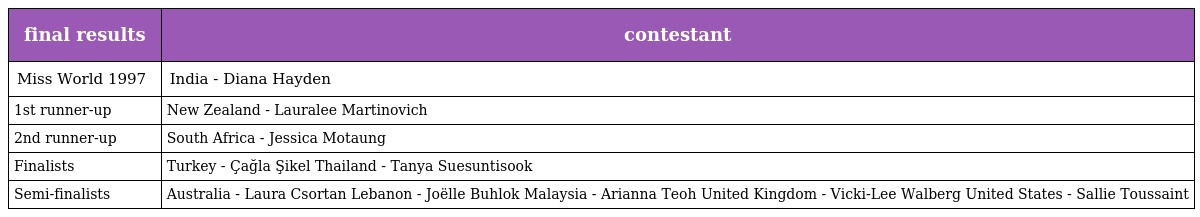
| final results | contestant |
 | --- | --- |
 | Miss World 1997 | India - Diana Hayden |
 | 1st runner-up | New Zealand - Lauralee Martinovich |
 | 2nd runner-up | South Africa - Jessica Motaung |
 | Finalists | Turkey - Çağla Şikel Thailand - Tanya Suesuntisook |
 | Semi-finalists | Australia - Laura Csortan Lebanon - Joëlle Buhlok Malaysia - Arianna Teoh United Kingdom - Vicki-Lee Walberg United States - Sallie Toussaint |